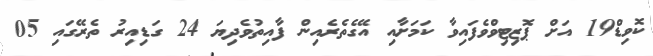
ކޮވިޑް19 އަށް ޕޮޒިޓިވްވެފައިވާ ކަމަށާއި އޭގެތެރެއިން ފާއިތުވެދިޔަ 24 ގަޑިއިރު ތެރޭގައި 05